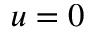
u = 0